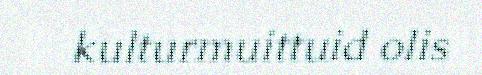
kulturmuittuid olis